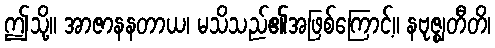
ဤသို့။ အာဇာနနတာယ၊ မသိသည်၏အဖြစ်ကြောင့်။ နဗုဇ္ဈတီတိ၊